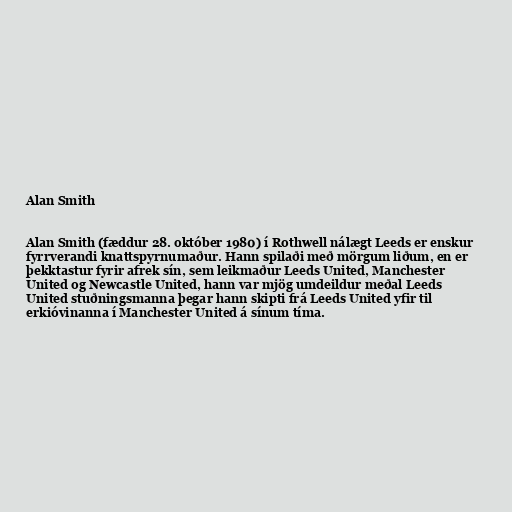
Alan Smith

Alan Smith (fæddur 28. október 1980) í Rothwell nálægt Leeds er enskur
fyrrverandi knattspyrnumaður. Hann spilaði með mörgum liðum, en er
þekktastur fyrir afrek sín, sem leikmaður Leeds United, Manchester
United og Newcastle United, hann var mjög umdeildur meðal Leeds
United stuðningsmanna þegar hann skipti frá Leeds United yfir til
erkióvinanna í Manchester United á sínum tíma.